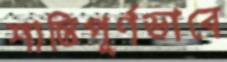
শান্তিপূর্ণভাবে